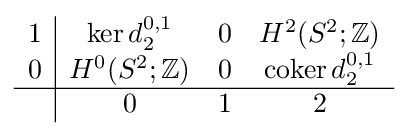
{\begin{array}{c|ccc}1&\ker d_{2}^{0,1}&0&H^{2}(S^{2};\mathbb {Z} )\\0&H^{0}(S^{2};\mathbb {Z} )&0&\operatorname {coker} d_{2}^{0,1}\\\hline &0&1&2\end{array}}